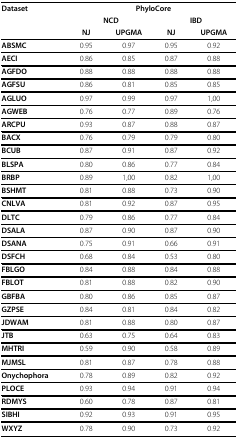
<table><thead><tr><td><b>Dataset</b></td><td colspan="4"><b>PhyloCore</b></td></tr><tr><td></td><td colspan="2"><b>NCD</b></td><td colspan="2"><b>IBD</b></td></tr><tr><td></td><td><b>NJ</b></td><td><b>UPGMA</b></td><td><b>NJ</b></td><td><b>UPGMA</b></td></tr></thead><tbody><tr><td><b>ABSMC</b></td><td>0.95</td><td>0.97</td><td>0.95</td><td>0.92</td></tr><tr><td><b>AECI</b></td><td>0.86</td><td>0.85</td><td>0.87</td><td>0.88</td></tr><tr><td><b>AGFDO</b></td><td>0.88</td><td>0.88</td><td>0.88</td><td>0.88</td></tr><tr><td><b>AGFSU</b></td><td>0.86</td><td>0.81</td><td>0.85</td><td>0.85</td></tr><tr><td><b>AGLUO</b></td><td>0.97</td><td>0.99</td><td>0.97</td><td>1,00</td></tr><tr><td><b>AGWEB</b></td><td>0.76</td><td>0.77</td><td>0.89</td><td>0.76</td></tr><tr><td><b>ARCPU</b></td><td>0.93</td><td>0.87</td><td>0.88</td><td>0.87</td></tr><tr><td><b>BACX</b></td><td>0.76</td><td>0.79</td><td>0.79</td><td>0.80</td></tr><tr><td><b>BCUB</b></td><td>0.87</td><td>0.91</td><td>0.87</td><td>0.92</td></tr><tr><td><b>BLSPA</b></td><td>0.80</td><td>0.86</td><td>0.77</td><td>0.84</td></tr><tr><td><b>BRBP</b></td><td>0.89</td><td>1,00</td><td>0.82</td><td>1,00</td></tr><tr><td><b>BSHMT</b></td><td>0.81</td><td>0.88</td><td>0.73</td><td>0.90</td></tr><tr><td><b>CNLVA</b></td><td>0.81</td><td>0.92</td><td>0.87</td><td>0.95</td></tr><tr><td><b>DLTC</b></td><td>0.79</td><td>0.86</td><td>0.77</td><td>0.84</td></tr><tr><td><b>DSALA</b></td><td>0.87</td><td>0.90</td><td>0.87</td><td>0.90</td></tr><tr><td><b>DSANA</b></td><td>0.75</td><td>0.91</td><td>0.66</td><td>0.91</td></tr><tr><td><b>DSFCH</b></td><td>0.68</td><td>0.84</td><td>0.53</td><td>0.80</td></tr><tr><td><b>FBLGO</b></td><td>0.84</td><td>0.88</td><td>0.84</td><td>0.88</td></tr><tr><td><b>FBLOT</b></td><td>0.81</td><td>0.88</td><td>0.82</td><td>0.90</td></tr><tr><td><b>GBFBA</b></td><td>0.80</td><td>0.86</td><td>0.85</td><td>0.87</td></tr><tr><td><b>GZPSE</b></td><td>0.84</td><td>0.81</td><td>0.84</td><td>0.82</td></tr><tr><td><b>JDWAM</b></td><td>0.81</td><td>0.88</td><td>0.80</td><td>0.87</td></tr><tr><td><b>JTB</b></td><td>0.63</td><td>0.75</td><td>0.64</td><td>0.83</td></tr><tr><td><b>MHTRI</b></td><td>0.59</td><td>0.90</td><td>0.58</td><td>0.89</td></tr><tr><td><b>MJMSL</b></td><td>0.81</td><td>0.87</td><td>0.78</td><td>0.88</td></tr><tr><td><b>Onychophora</b></td><td>0.78</td><td>0.89</td><td>0.82</td><td>0.92</td></tr><tr><td><b>PLOCE</b></td><td>0.93</td><td>0.94</td><td>0.91</td><td>0.94</td></tr><tr><td><b>RDMYS</b></td><td>0.60</td><td>0.78</td><td>0.87</td><td>0.81</td></tr><tr><td><b>SIBHI</b></td><td>0.92</td><td>0.93</td><td>0.91</td><td>0.95</td></tr><tr><td><b>WXYZ</b></td><td>0.78</td><td>0.90</td><td>0.73</td><td>0.92</td></tr></tbody></table>